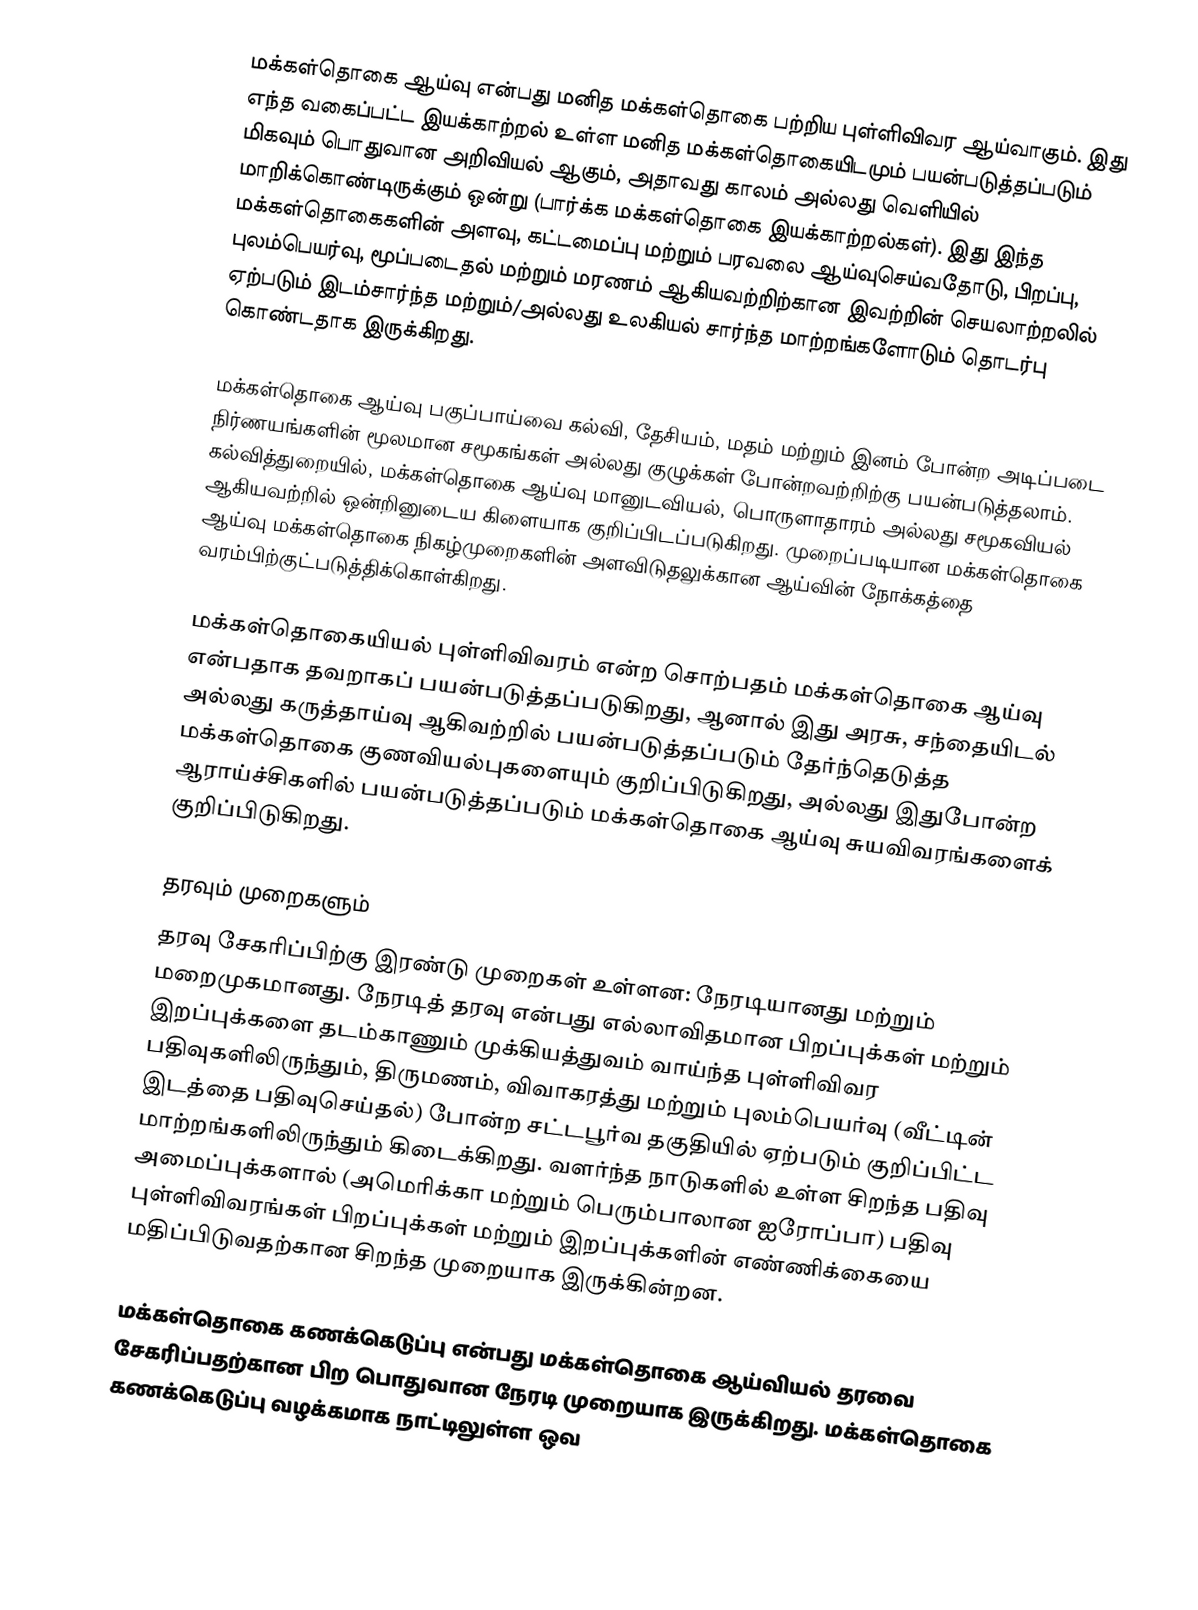
மக்கள்தொகை ஆய்வு என்பது மனித மக்கள்தொகை பற்றிய புள்ளிவிவர ஆய்வாகும். இது எந்த வகைப்பட்ட இயக்காற்றல் உள்ள மனித மக்கள்தொகையிடமும் பயன்படுத்தப்படும் மிகவும் பொதுவான அறிவியல் ஆகும், அதாவது காலம் அல்லது வெளியில் மாறிக்கொண்டிருக்கும் ஒன்று (பார்க்க மக்கள்தொகை இயக்காற்றல்கள்). இது இந்த மக்கள்தொகைகளின் அளவு, கட்டமைப்பு மற்றும் பரவலை ஆய்வுசெய்வதோடு, பிறப்பு, புலம்பெயர்வு, மூப்படைதல் மற்றும் மரணம் ஆகியவற்றிற்கான இவற்றின் செயலாற்றலில் ஏற்படும் இடம்சார்ந்த மற்றும்/அல்லது உலகியல் சார்ந்த மாற்றங்களோடும் தொடர்பு கொண்டதாக இருக்கிறது.

மக்கள்தொகை ஆய்வு பகுப்பாய்வை கல்வி, தேசியம், மதம் மற்றும் இனம் போன்ற அடிப்படை நிர்ணயங்களின் மூலமான சமூகங்கள் அல்லது குழுக்கள் போன்றவற்றிற்கு பயன்படுத்தலாம். கல்வித்துறையில், மக்கள்தொகை ஆய்வு மானுடவியல், பொருளாதாரம் அல்லது சமூகவியல் ஆகியவற்றில் ஒன்றினுடைய கிளையாக குறிப்பிடப்படுகிறது. முறைப்படியான மக்கள்தொகை ஆய்வு மக்கள்தொகை நிகழ்முறைகளின் அளவிடுதலுக்கான ஆய்வின் நோக்கத்தை வரம்பிற்குட்படுத்திக்கொள்கிறது.

மக்கள்தொகையியல் புள்ளிவிவரம் என்ற சொற்பதம் மக்கள்தொகை ஆய்வு என்பதாக தவறாகப் பயன்படுத்தப்படுகிறது, ஆனால் இது அரசு, சந்தையிடல் அல்லது கருத்தாய்வு ஆகிவற்றில் பயன்படுத்தப்படும் தேர்ந்தெடுத்த மக்கள்தொகை குணவியல்புகளையும் குறிப்பிடுகிறது, அல்லது இதுபோன்ற ஆராய்ச்சிகளில் பயன்படுத்தப்படும் மக்கள்தொகை ஆய்வு சுயவிவரங்களைக் குறிப்பிடுகிறது.

தரவும் முறைகளும்
தரவு சேகரிப்பிற்கு இரண்டு முறைகள் உள்ளன: நேரடியானது மற்றும் மறைமுகமானது. நேரடித் தரவு என்பது எல்லாவிதமான பிறப்புக்கள் மற்றும் இறப்புக்களை தடம்காணும் முக்கியத்துவம் வாய்ந்த புள்ளிவிவர பதிவுகளிலிருந்தும், திருமணம், விவாகரத்து மற்றும் புலம்பெயர்வு (வீட்டின் இடத்தை பதிவுசெய்தல்) போன்ற சட்டபூர்வ தகுதியில் ஏற்படும் குறிப்பிட்ட மாற்றங்களிலிருந்தும் கிடைக்கிறது. வளர்ந்த நாடுகளில் உள்ள சிறந்த பதிவு அமைப்புக்களால் (அமெரிக்கா மற்றும் பெரும்பாலான ஐரோப்பா) பதிவு புள்ளிவிவரங்கள் பிறப்புக்கள் மற்றும் இறப்புக்களின் எண்ணிக்கையை மதிப்பிடுவதற்கான சிறந்த முறையாக இருக்கின்றன.

மக்கள்தொகை கணக்கெடுப்பு என்பது மக்கள்தொகை ஆய்வியல் தரவை சேகரிப்பதற்கான பிற பொதுவான நேரடி முறையாக இருக்கிறது. மக்கள்தொகை கணக்கெடுப்பு வழக்கமாக நாட்டிலுள்ள ஒவ